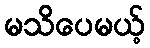
မသိပေမယ့်